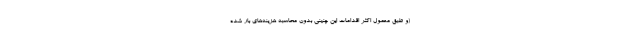
(و طبق معمول اکثر اقدامات این چنینی بدون محاسبه هزینه‌های بار شده